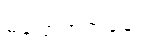
မပြောတတ်ချေ။